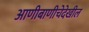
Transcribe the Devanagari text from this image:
आणीबाणीचेदेखील